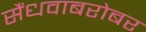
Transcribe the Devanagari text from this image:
सैंधवाबरोबर